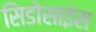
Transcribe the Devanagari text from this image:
सिडोसाइंस